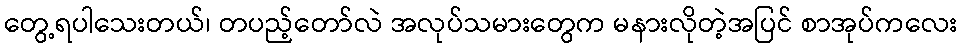
တွေ့ရပါသေးတယ်၊ တပည့်တော်လဲ အလုပ်သမားတွေက မနားလိုတဲ့အပြင် စာအုပ်ကလေး